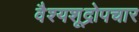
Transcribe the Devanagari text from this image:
वैश्यशूद्रोपचार